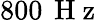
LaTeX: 800\, \mathrm{~H~z~}